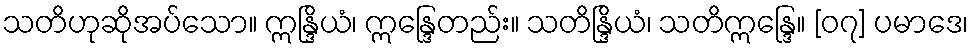
သတိဟုဆိုအပ်သော။ ဣန္ဒြိယံ၊ ဣန္ဒြေတည်း။ သတိန္ဒြိယံ၊ သတိဣန္ဒြေ။ [၀၇] ပမာဒေ၊